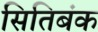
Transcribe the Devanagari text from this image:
सितिबंक